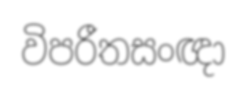
විපරීතසංඥා